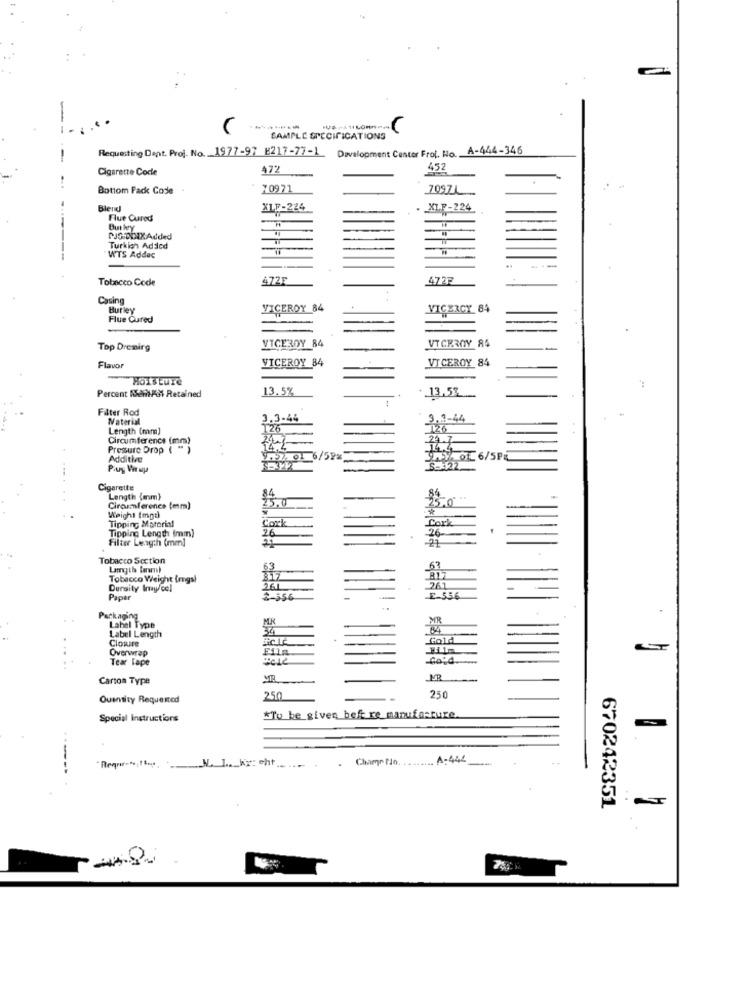
SAMPLE SPECIFICATIONS
A-444-346
-
Requesting Dent. Proj. No. 1977-97 E217-77-1_ Development Center Froi. Ho ..
Cigarette Cocle
472
492
Bottom Pack Code
70971
7097L
Blend
XLF-224
XI.F-224
Flue Cured
Burkey
PJS/DOIXAdded
Turkish Added
WTS Addec
---
Tobacco Code
472F
4727
Casing
Burley
VICEROY 84
VICERCY 84
Flue Cured
VICEROY 84
VICEROY 84
Top Dremirg
VICEROY 84
VI CEROY 84
Flavor
Moisture
Percent RentPot Retained
13.5%
.13,53.
- .
Filter Rod
Material
3.3-44
3.3-44
Length (mm]
T25
Circumference (mm)
Pressure Drop (
14.4
Additive
FOL 6/52%
MY 0 6/5PE
Puy Wrap
-
5-322
Cigarette
84
Length (mm)
25.0
25.0
Circumference (mm)
Tipping Material
Weight Impt)
Cork
Cork
Tipping Length (mm)
26
-26
Filter Length (mm]
Tobacco Section
Langth terwn
63
Tobacco Weight Imgs!
317
Density Imay col
261
Paper
2-556
E-536
Packaging
MK
Lahel Type
Label Length
Clowire
Gold
Overwrap
Filn.
Tear Tape
Gold
Carton Type
ME
250
Quantity Requested
250
Special Instructions
*To be given heft re manufacture
. Game No. . ....... A-444
--
Requer; they N. 1. Kereht
-----. .
670242351